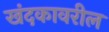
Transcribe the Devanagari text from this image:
खंदकावरील